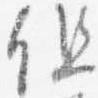
但